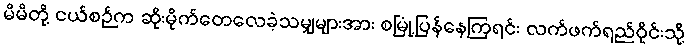
မိမိတို့ ငယ်စဉ်က ဆိုးမိုက်တေလေခဲ့သမျှများအား စမြုံ့ပြန်နေကြရင်း လက်ဖက်ရည်ဝိုင်းသို့